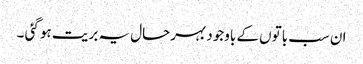
ان سب باتوں کے باوجود بہرحال یہ بریت ہو گئی ۔